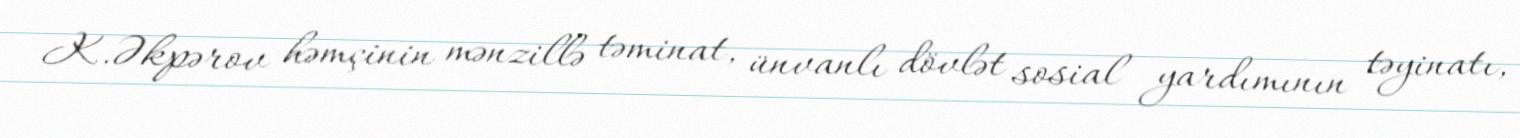
K.Əkpərov həmçinin mənzillə təminat, ünvanlı dövlət sosial yardımının təyinatı,